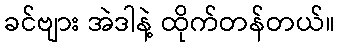
ခင်ဗျား အဲဒါနဲ့ ထိုက်တန်တယ်။